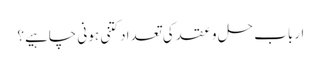
ارباب حل و عقد کی تعداد کتنی ہونی چاہیے؟